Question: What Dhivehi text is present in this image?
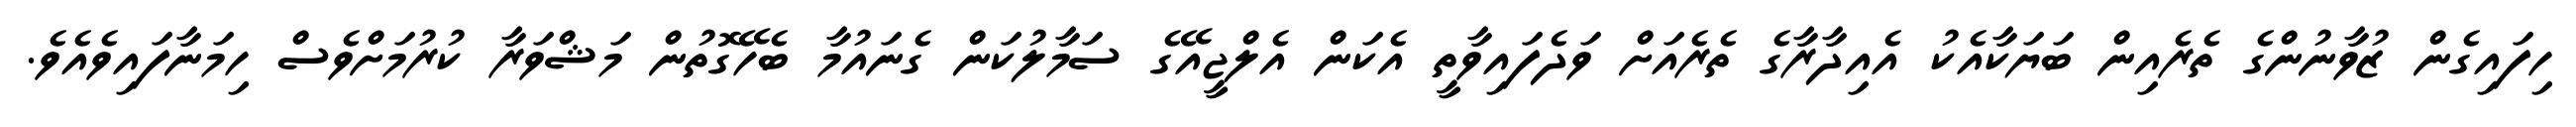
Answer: ހިފައިގެން ޒުވާނުންގެ ތެރެއިން ބަޔަކާއެކު އެއިދާރާގެ ތެރެއަށް ވަދެފައިވާތީ އެކަން އެލްޖީއޭގެ ސަމާލުކަން ގެނައުމާ ބެހޭގޮތުން މަޝްވަރާ ކުރުމަށްވެސް ހިމަނާފައިވެއެވެ.